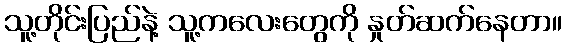
သူ့တိုင်းပြည်နဲ့ သူ့ကလေးတွေကို နှုတ်ဆက်နေတာ။